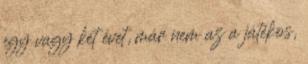
egy vagy két évet, már nem az a játékos,